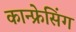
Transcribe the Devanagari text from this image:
कान्फ्रेसिंग